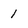
Character: 1